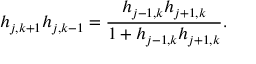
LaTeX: h _ { j , k + 1 } h _ { j , k - 1 } = \frac { h _ { j - 1 , k } h _ { j + 1 , k } } { 1 + h _ { j - 1 , k } h _ { j + 1 , k } } .